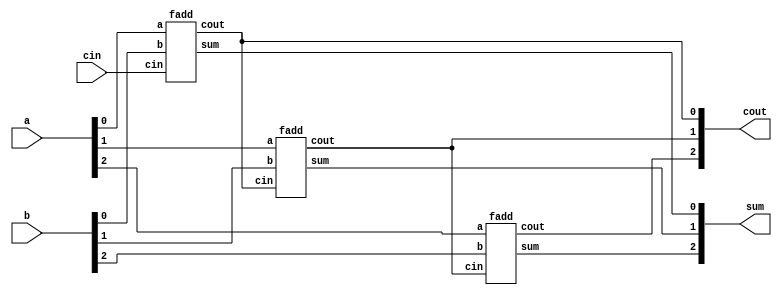
module top_module( 
    input [2:0] a, b,
    input cin,
    output [2:0] cout,
    output [2:0] sum );
    
    genvar i;
    generate
        fadd instance0 (a[0],b[0],cin,cout[0],sum[0]); 
        for(i=1;i<3;i=i+1) begin : ripple_adder3
            fadd instance1 (a[i], b[i], cout[i-1], cout[i], sum[i]);
        end
    endgenerate
endmodule

module fadd(input a, input b, input cin, output cout, output sum);
    assign sum = cin^(a^b);
    assign cout = a & b | b & cin | a & cin;
endmodule